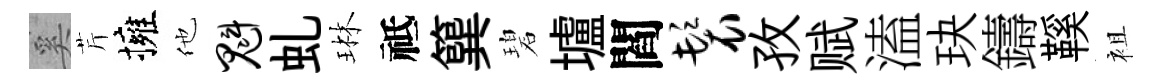
奚芹擁他魁虬琳祗簨碧壚閻鬟孜赋溘玦鑄鞵袓